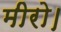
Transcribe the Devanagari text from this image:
मीरो।